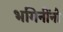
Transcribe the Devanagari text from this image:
भगिनींनो